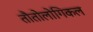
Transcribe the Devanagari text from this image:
तौतोलोगिकल